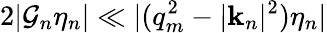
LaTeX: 2|\mathcal{G}_{n}\eta_{n}|\ll|(q_{m}^{2}-|\mathbf{k}_{n}|^{2})\eta_{n}|